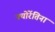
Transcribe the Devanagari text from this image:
फ्योरेंतिना